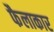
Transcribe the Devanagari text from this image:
फैलाकार